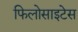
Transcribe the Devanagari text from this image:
फिलोसाइटेस